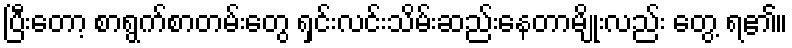
ပြီးတော့ စာရွက်စာတမ်းတွေ ရှင်းလင်းသိမ်းဆည်းနေတာမျိုးလည်း တွေ့ ရ၏။